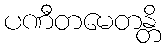
ပဏီတမေတန္တိ